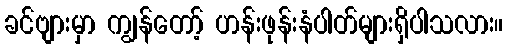
ခင်ဗျားမှာ ကျွန်တော့် ဟန်းဖုန်းနံပါတ်များရှိပါသလား။